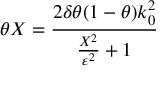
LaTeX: \theta X = \frac { 2 \delta \theta ( 1 - \theta ) k _ { 0 } ^ { 2 } } { \frac { X ^ { 2 } } { \varepsilon ^ { 2 } } + 1 }